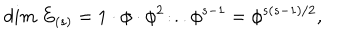
LaTeX: d i m ~ E _ { ( s ) } = 1 \cdot \phi \cdot \phi ^ { 2 } \dot { . } . . \phi ^ { s - 1 } = \phi ^ { s ( s - 1 ) / 2 } ,